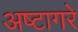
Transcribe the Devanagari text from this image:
अष्टागरे